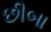
છીબા